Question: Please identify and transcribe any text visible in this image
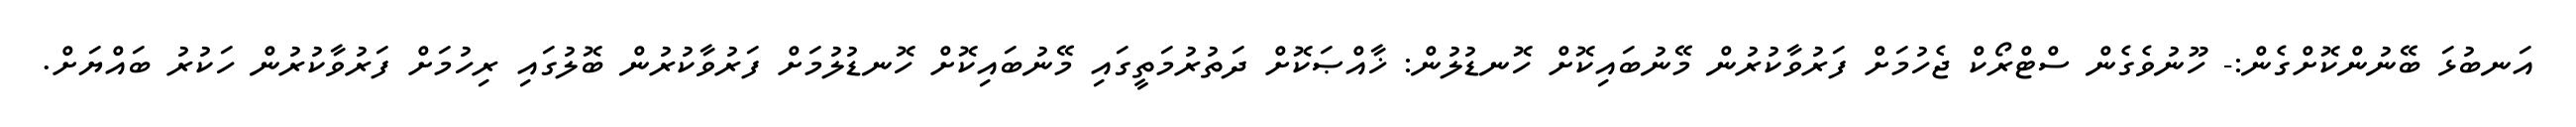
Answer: އަނބުޅަ ބޭނުންކޮށްގެން:- ހޫނުވެގެން ސްޓްރޯކް ޖެހުމަށް ފަރުވާކުރުން މޭނުބައިކޮށް ހޮނޑުލުން: ޚާއްޞަކޮށް ދަތުރުމަތީގައި މޭނުބައިކޮށް ހޮނޑުލުމަށް ފަރުވާކުރުން ބޮލުގައި ރިހުމަށް ފަރުވާކުރުން ހަކުރު ބައްޔަށް.